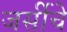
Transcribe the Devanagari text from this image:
जर्सीचे